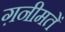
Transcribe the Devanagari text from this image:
ग़नीमतें